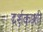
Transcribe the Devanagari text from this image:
दर्शकाशी